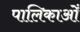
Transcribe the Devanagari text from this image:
पालिकाओँ